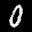
Label: 0